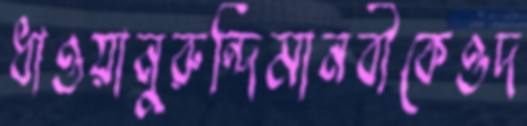
ধাওয়ানুরুন্দিমানবীকেওদ